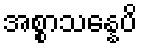
အစ္စာသန္နေပိ